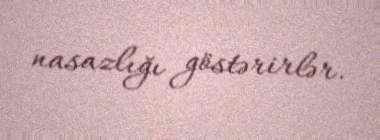
nasazlığı göstərirlər.